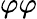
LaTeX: \varphi\varphi